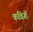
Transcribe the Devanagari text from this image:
कविनी